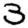
Digit: 3